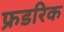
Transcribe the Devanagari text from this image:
फ्रडरिक